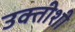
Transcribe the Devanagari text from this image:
उक्तीशी